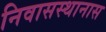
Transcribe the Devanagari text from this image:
निवासस्थानास